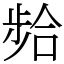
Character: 𫫈